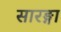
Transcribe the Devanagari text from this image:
सारङ्गा